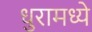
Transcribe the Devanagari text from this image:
धुरामध्ये